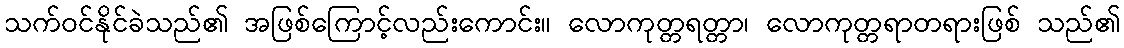
သက်ဝင်နိုင်ခဲသည်၏ အဖြစ်ကြောင့်လည်းကောင်း။ လောကုတ္တရတ္တာ၊ လောကုတ္တရာတရားဖြစ် သည်၏